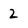
Character: 2